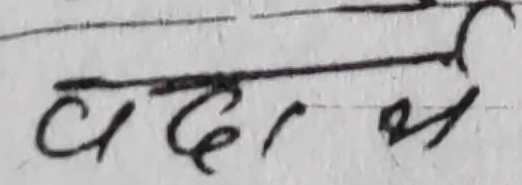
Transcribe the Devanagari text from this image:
वदर्श